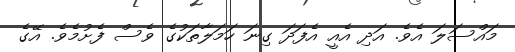
މައްސަލަ އެވެ. އަދި އެއީ އެފަދަ ގިނަ ހަމަލާތަކުގެ ވެސް ފެށުމެވެ. އޭގެ